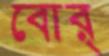
বোর্